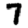
Digit: 7